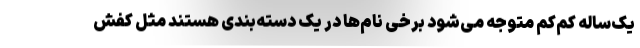
یک‌ساله کم‌کم متوجه می‌شود برخی نام‌ها در یک دسته‌بندی هستند مثل کفش